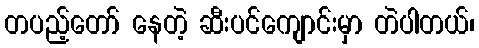
တပည့်တော် နေတဲ့ ဆီးပင်ကျောင်းမှာ တဲပါတယ်၊